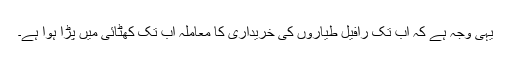
یہی وجہ ہے کہ اب تک رافیل طیاروں کی خریداری کا معاملہ اب تک کھٹائی میں پڑا ہوا ہے۔